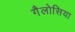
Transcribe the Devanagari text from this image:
गैलोसिया